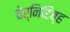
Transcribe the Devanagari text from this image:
चेर्निहिव्ह